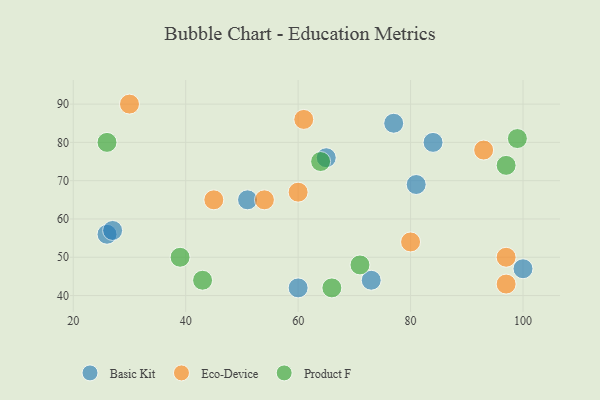
{"axis": {"x": "GDP", "y": "Life Expectancy"}, "legend": ["Basic Kit", "Eco-Device", "Product F"], "data": [{"x": "65", "y": 76, "type": "Basic Kit"}, {"x": "51", "y": 65, "type": "Basic Kit"}, {"x": "77", "y": 85, "type": "Basic Kit"}, {"x": "73", "y": 44, "type": "Basic Kit"}, {"x": "60", "y": 42, "type": "Basic Kit"}, {"x": "26", "y": 56, "type": "Basic Kit"}, {"x": "84", "y": 80, "type": "Basic Kit"}, {"x": "27", "y": 57, "type": "Basic Kit"}, {"x": "100", "y": 47, "type": "Basic Kit"}, {"x": "81", "y": 69, "type": "Basic Kit"}, {"x": "61", "y": 86, "type": "Eco-Device"}, {"x": "30", "y": 90, "type": "Eco-Device"}, {"x": "60", "y": 67, "type": "Eco-Device"}, {"x": "54", "y": 65, "type": "Eco-Device"}, {"x": "93", "y": 78, "type": "Eco-Device"}, {"x": "97", "y": 43, "type": "Eco-Device"}, {"x": "97", "y": 50, "type": "Eco-Device"}, {"x": "80", "y": 54, "type": "Eco-Device"}, {"x": "45", "y": 65, "type": "Eco-Device"}, {"x": "97", "y": 74, "type": "Product F"}, {"x": "71", "y": 48, "type": "Product F"}, {"x": "64", "y": 75, "type": "Product F"}, {"x": "99", "y": 81, "type": "Product F"}, {"x": "26", "y": 80, "type": "Product F"}, {"x": "43", "y": 44, "type": "Product F"}, {"x": "39", "y": 50, "type": "Product F"}, {"x": "66", "y": 42, "type": "Product F"}]}